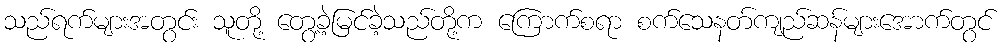
သည်ရက်များအတွင်း သူတို့ တွေ့ခဲ့မြင်ခဲ့သည်တို့က ကြောက်စရာ စက်သေနတ်ကျည်ဆန်များအောက်တွင်